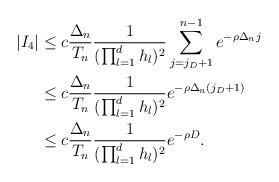
LaTeX: \begin{align*}{}|I_4| & \le c \frac{\Delta_n}{T_n} \frac{1}{(\prod_{l = 1}^d h_l)^2} \sum_{j = j_D + 1}^{n - 1} e^{- \rho \Delta_n j} \\& \le c \frac{\Delta_n}{T_n} \frac{1}{(\prod_{l = 1}^d h_l)^2}e^{- \rho \Delta_n (j_D + 1)} \\& \le c \frac{\Delta_n}{T_n} \frac{1}{(\prod_{l = 1}^d h_l)^2}e^{- \rho D} . \end{align*}